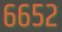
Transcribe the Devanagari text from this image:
६६५२